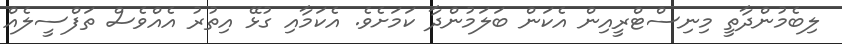
ލިބެމުންދާތީ މިނިސްޓްރީއިން އެކަން ބަލަމުންދާ ކަމަށެވެ. އެކަމާއި ގުޅޭ އިތުރު އެއްވެސް ތަފްސީލެއް